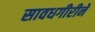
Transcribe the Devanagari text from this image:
सावधगीरीने